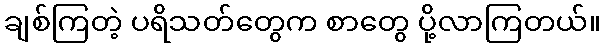
ချစ်ကြတဲ့ ပရိသတ်တွေက စာတွေ ပို့လာကြတယ်။